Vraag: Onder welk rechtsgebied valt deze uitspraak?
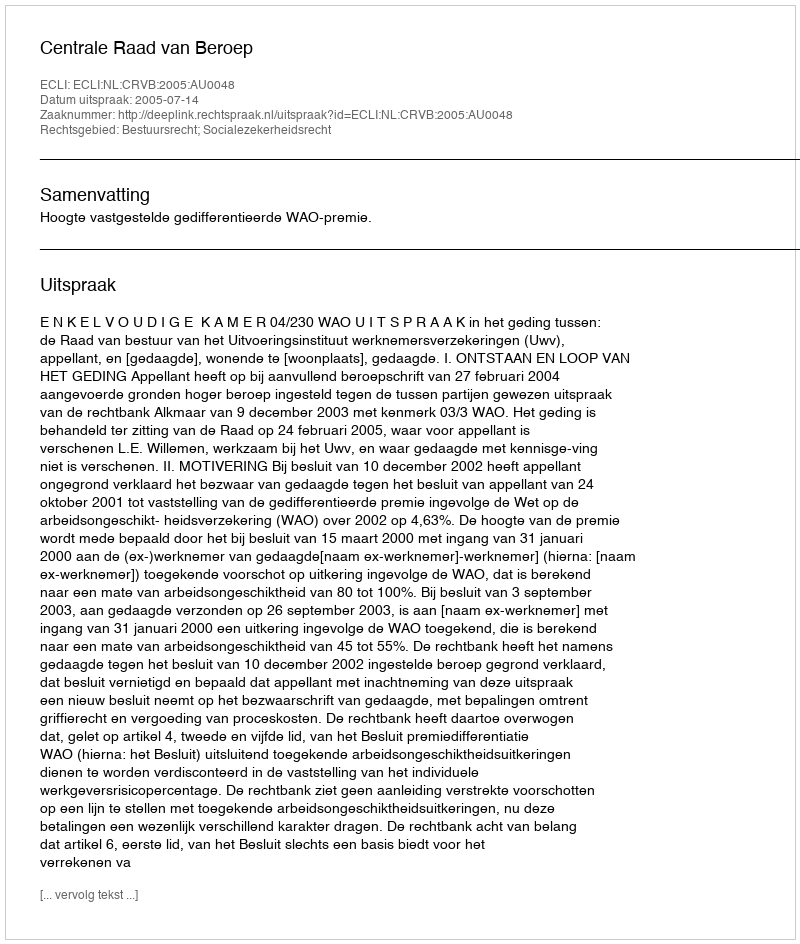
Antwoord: Bestuursrecht; Socialezekerheidsrecht